Annual report of the Bengal Veterinary College and of the Civil Veterinary Department, Bengal, for the year 1911-1912 - 1911-1912
Year: 1911
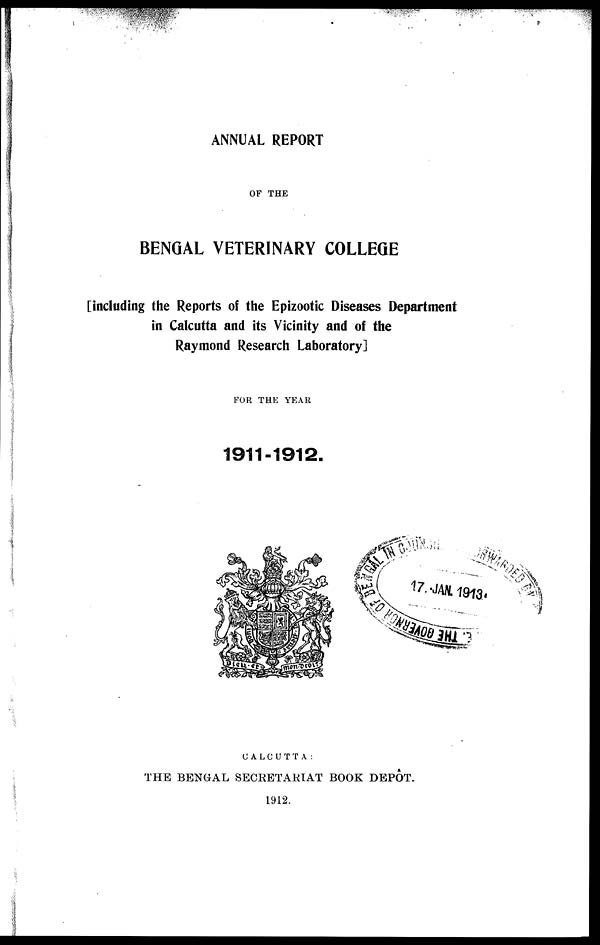
ANNUAL REPORT
OF THE
BENGAL VETERINARY COLLEGE
[including the Reports of the Epizootic Diseases Department
in Calcutta and its Vicinity and of the
Raymond Research Laboratory]
FOR THE YEAR
1911-1912.
CALCUTTA:
THE BENGAL SECRETARIAT BOOK DEPOT.
1912.